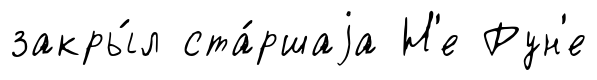
закры́л ста́ршаjа Н'е Рун'е